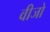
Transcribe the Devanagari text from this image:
वीजो